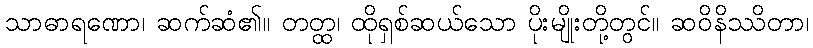
သာဓာရဏော၊ ဆက်ဆံ၏။ တတ္ထ၊ ထိုရှစ်ဆယ်သော ပိုးမျိုးတို့တွင်။ ဆဝိနိဿိတာ၊